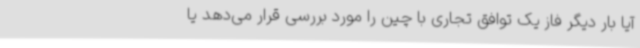
آیا بار دیگر فاز یک توافق تجاری با چین را مورد بررسی قرار می‌دهد یا